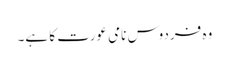
وہ فردوس نامی عورت کا ہے۔